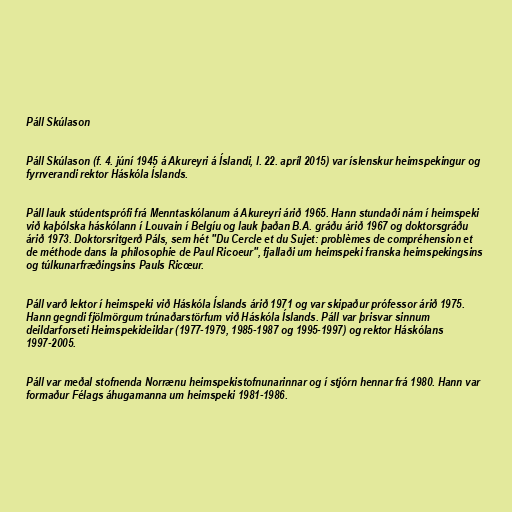
Páll Skúlason

Páll Skúlason (f. 4. júní 1945 á Akureyri á Íslandi, l. 22. apríl 2015) var íslenskur heimspekingur og
fyrrverandi rektor Háskóla Íslands.

Páll lauk stúdentsprófi frá Menntaskólanum á Akureyri árið 1965. Hann stundaði nám í heimspeki
við kaþólska háskólann í Louvain í Belgíu og lauk þaðan B.A. gráðu árið 1967 og doktorsgráðu
árið 1973. Doktorsritgerð Páls, sem hét "Du Cercle et du Sujet: problèmes de compréhension et
de méthode dans la philosophie de Paul Ricoeur", fjallaði um heimspeki franska heimspekingsins
og túlkunarfræðingsins Pauls Ricœur.

Páll varð lektor í heimspeki við Háskóla Íslands árið 1971 og var skipaður prófessor árið 1975.
Hann gegndi fjölmörgum trúnaðarstörfum við Háskóla Íslands. Páll var þrisvar sinnum
deildarforseti Heimspekideildar (1977-1979, 1985-1987 og 1995-1997) og rektor Háskólans
1997-2005.

Páll var meðal stofnenda Norrænu heimspekistofnunarinnar og í stjórn hennar frá 1980. Hann var
formaður Félags áhugamanna um heimspeki 1981-1986.